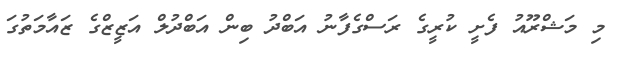
މި މަޝްރޫއު ފެށީ ކުރީގެ ރަސްގެފާނު އަބްދު ބިން އަބްދުލް އަޒީޒްގެ ޒައާމަތުގަ